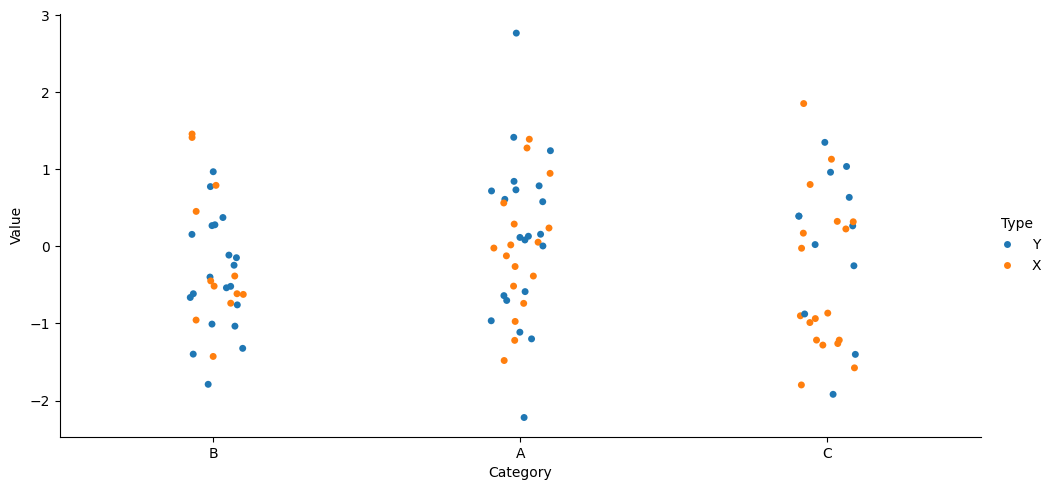
python, seaborn, catplot, kind='strip', height=5, aspect=2